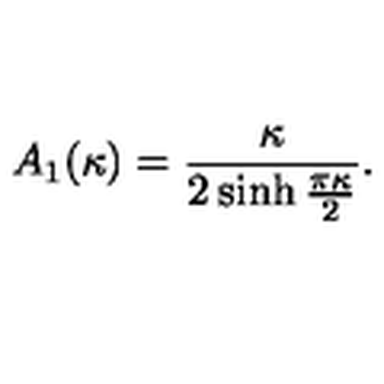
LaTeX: A _ { 1 } ( \kappa ) = \frac { \kappa } { 2 \sinh \frac { \pi \kappa } { 2 } } .